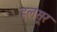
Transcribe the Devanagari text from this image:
हलसूर